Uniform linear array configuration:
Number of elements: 4
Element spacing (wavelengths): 0.25
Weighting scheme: cosine
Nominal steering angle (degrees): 30
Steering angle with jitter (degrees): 29.985
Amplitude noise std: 0.05
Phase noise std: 0.05

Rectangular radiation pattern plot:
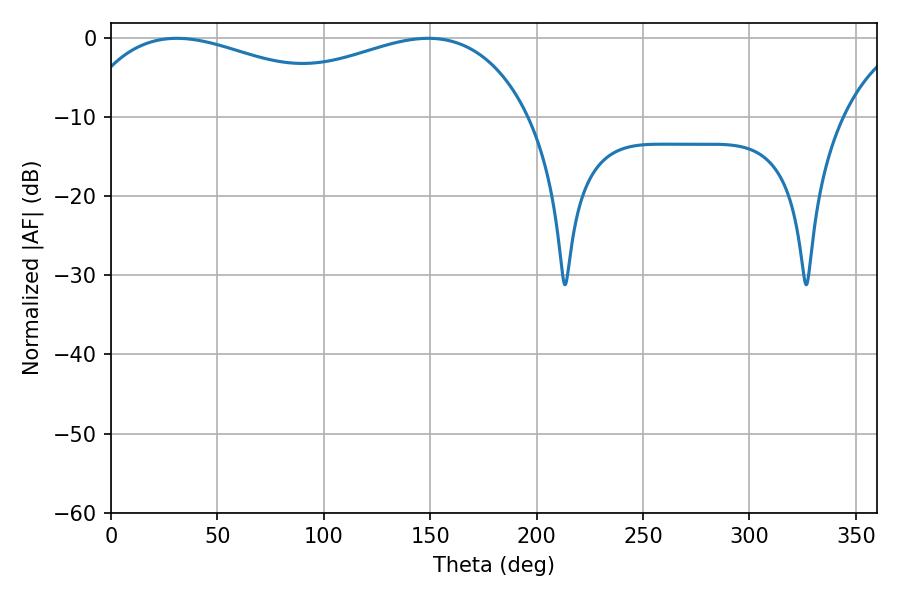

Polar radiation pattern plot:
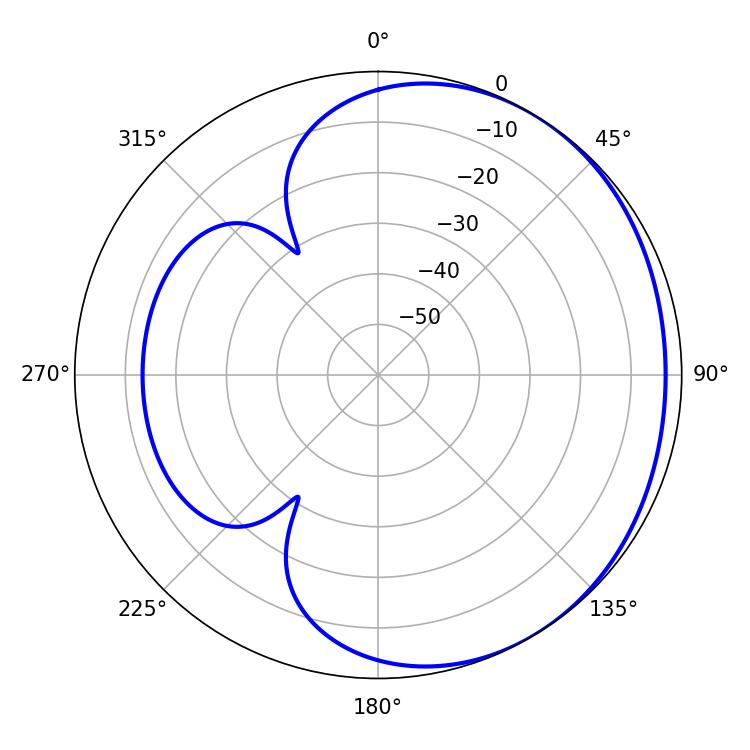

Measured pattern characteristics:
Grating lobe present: FALSE
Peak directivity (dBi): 1.737
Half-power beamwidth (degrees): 78.66
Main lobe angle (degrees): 30.96